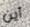
أين